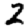
Digit: 2